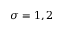
\sigma = 1 , 2